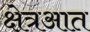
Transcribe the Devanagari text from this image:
क्षेत्रआत